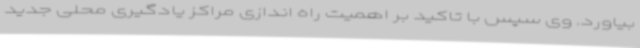
بیاورد. وی سپس با تاکید بر اهمیت راه اندازی مراکز یادگیری محلی جدید